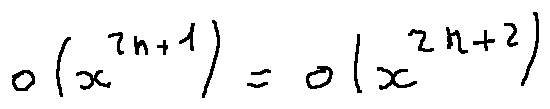
o ( x ^ { 2 n + 1 } ) = o ( x ^ { 2 n + 2 } )